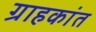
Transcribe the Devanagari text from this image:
ग्राहकांत